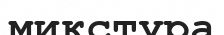
микстура